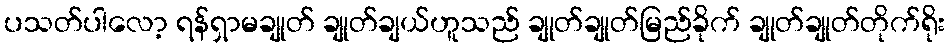
ပသတ်ပါလော့ ရန်ရှာမချုတ် ချုတ်ချယ်ဟူသည် ချုတ်ချုတ်မြည်ခိုက် ချုတ်ချုတ်တိုက်ရိုး